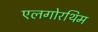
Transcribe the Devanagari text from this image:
एलगोरथिम